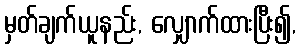
မှတ်ချက်ယူနည်း, လျှောက်ထားပြီး၍,